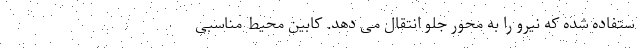
ستفاده شده که نیرو را به محور جلو انتقال می دهد. کابین محیط مناسبی